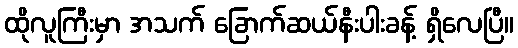
ထိုလူကြီးမှာ အသက် ခြောက်ဆယ်နီးပါးခန့် ရှိလေပြီ။